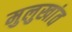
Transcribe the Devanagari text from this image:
मुलुखांत